Leaving Certificate, 1901
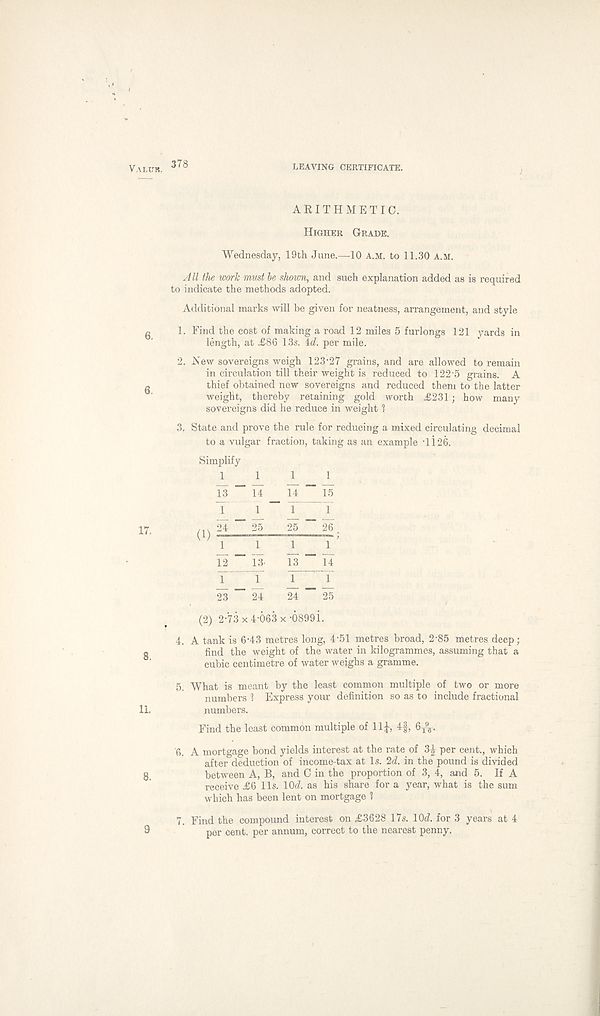
Valitk. 378
LEAVING CERTIFICATE.
ARITHMETIC.
Higher Grade.
Wednesday, 19th June.—10 a.m. to 11.30 A.M.
6.
6.
17.
All the work must be shown, and such explanation added as is required
to indicate the methods adopted.
Additional marks will be given for neatness, arrangement, and style
1. Find the cost of making a road 12 miles 5 furlongs 121 yards in
length, at £86 13s. id. per mile.
2. New sovereigns weigh 123-27 grains, and are allowed to remain
in circulation till their weight is reduced to 122-5 grains. A
thief obtained new sovereigns and reduced them to the latter
weight, thereby retaining gold worth £231; how many
sovereigns did he reduce in weight l
3. State and prove the rule for reducing a mixed circulating decimal
to a vulgar fraction, taking as an example Ti26.
Simplify
1111
13 ” 14 14 _ 15
1
1
1
1
m ^ ^ 25 26.
1
1
1
1 ’
12 "" 13- 13 — 14
T r j_ _ j_
23 24 24 25
(2) 2-73 x 4-063 x -p899i.
4. A tank is 6-43 metres long, 4'51 metres broad, 2-85 metres deep;
find the weight of the water in kilogrammes, assuming that a
cubic centimetre of water weighs a gramme.
5. What is meant by the least common multiple of two or more
numbers ' l Express your definition so as to include fractional
11.
numbers.
Find the least common multiple of 11|, 4f, 6-^.
6. A mortgage bond yields interest at the rate of 3J per cent., which
after deduction of income-tax at Is. 2d. in the pound is divided
g
between A, B, and C in the proportion of 3, 4, and 5. If A
receive £6 11s. lOd. as his share for a year, what is the sum
which has been lent on mortgage 1
7. Find the compound interest on £3628 17s. 10J. for 3 years at 4
9
per cent, per annum, correct to the nearest penny.